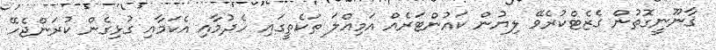
ޤާނޫނީގޮތުން ގެޒެޓްކުރެވޭ ލިޔުން ކައުންޓަރެއް އަމިއްލަ ތަކެތީގައި ހެދުމާއި އެކަމާއި ގުޅިގެން ކުރަންޖެހޭ